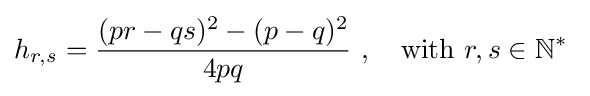
h_{r,s}={\frac {(pr-qs)^{2}-(p-q)^{2}}{4pq}}\ ,\quad {\text{with}}\ r,s\in \mathbb {N} ^{*}\